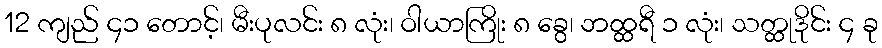
12 ကျည် ၄၁ တောင့်၊ မီးပုလင်း ၈ လုံး၊ ဝါယာကြိုး ၈ ခွေ၊ ဘထ္ထရီ ၁ လုံး၊ သတ္ထုဒိုင်း ၄ ခု